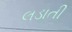
લડાતી